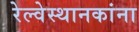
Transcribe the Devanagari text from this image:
रेल्वेस्थानकांना